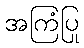
အကြံပြု